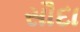
સૌદા